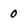
Character: 0